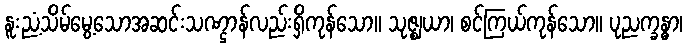
နူးညံ့သိမ်မွေ့သောအဆင်းသဏ္ဌာန်လည်းရှိကုန်သော။ သုဇ္ဈယာ၊ စင်ကြယ်ကုန်သော။ ပုညက္ခန္ဓာ၊